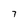
Character: 7